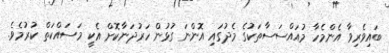
ބައިވެރިވާ އެންމެހާ މުއައްސަސާތަކުގެ މެދުގައި އޮންނަ ގުޅުން ހަރުދަނާކޮށް އެކީ މަސައްކަތް ކުރުމެވެ.